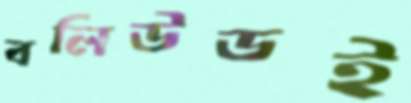
বলিউডই